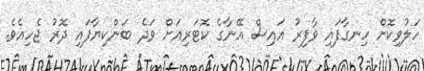
ހަލުވިކޮށް ހިނގާފައި ވާފިރު އައިސް އޭނާގެ ކޮޓަރިއަށް ވަދެ ބަންކިޔާފައި ދޮރު ޖެހިއެވެ.